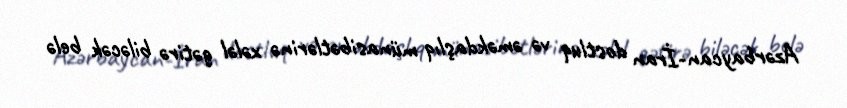
Azərbaycan-İran dostluq və əməkdaşlıq münasibətlərinə xələl gətirə biləcək belə